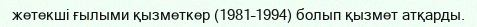
жетекші ғылыми қызметкер (1981–1994) болып қызмет атқарды.